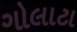
ગોલાટા